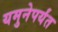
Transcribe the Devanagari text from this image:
यमुनेपर्यंत